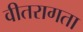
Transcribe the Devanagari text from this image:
वीतरागता